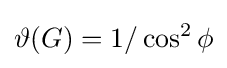
\vartheta (G)=1/\cos ^{2}\phi